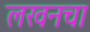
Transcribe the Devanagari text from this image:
लखनचा